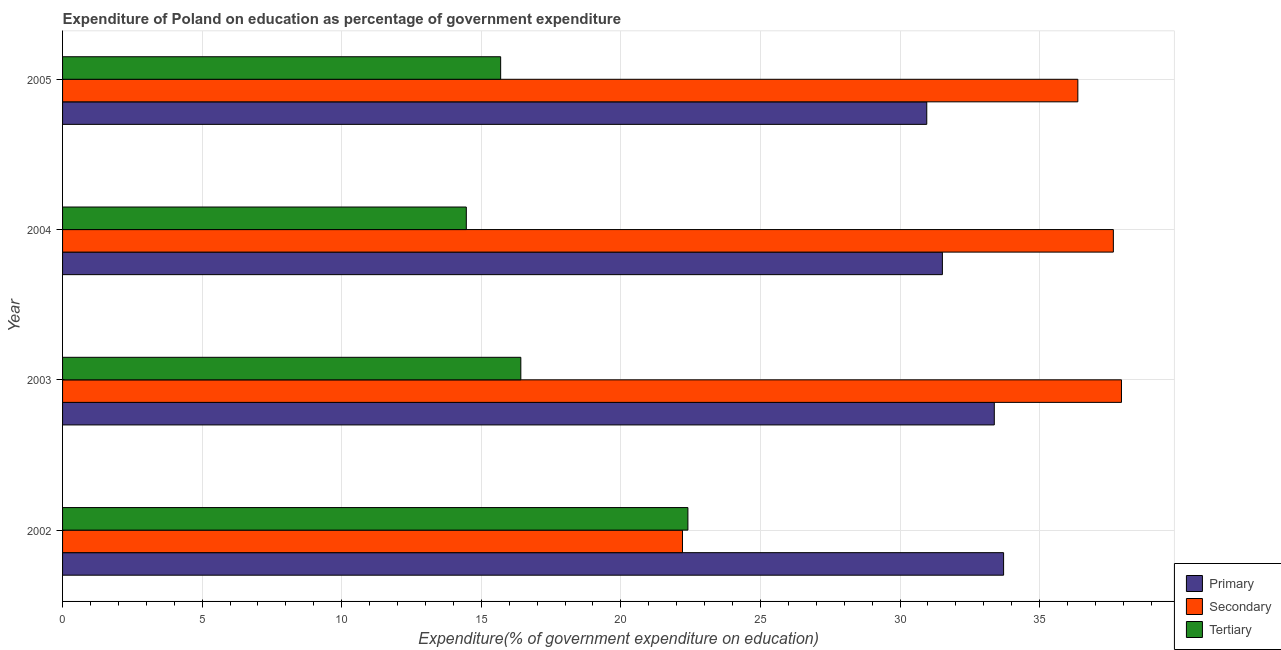
| Year | Primary | Secondary | Tertiary |
 | --- | --- | --- | --- |
 | 2002 | 33.7 | 22.2 | 22.4 |
 | 2003 | 33.4 | 37.9 | 16.4 |
 | 2004 | 31.5 | 37.6 | 14.5 |
 | 2005 | 31 | 36.4 | 15.7 |